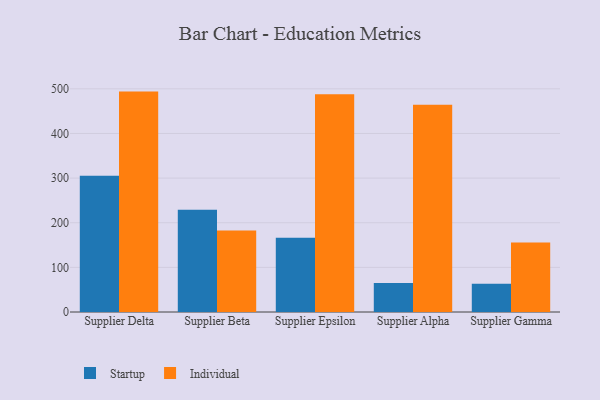
{"axis": {"x": "Supplier", "y": "Revenue (USD Million)"}, "legend": ["Individual", "Startup"], "data": [{"x": "Supplier Delta", "y": 305.3, "type": "Startup"}, {"x": "Supplier Delta", "y": 493.8, "type": "Individual"}, {"x": "Supplier Beta", "y": 229.0, "type": "Startup"}, {"x": "Supplier Beta", "y": 182.8, "type": "Individual"}, {"x": "Supplier Epsilon", "y": 166.3, "type": "Startup"}, {"x": "Supplier Epsilon", "y": 488.1, "type": "Individual"}, {"x": "Supplier Alpha", "y": 64.7, "type": "Startup"}, {"x": "Supplier Alpha", "y": 464.4, "type": "Individual"}, {"x": "Supplier Gamma", "y": 63.1, "type": "Startup"}, {"x": "Supplier Gamma", "y": 155.6, "type": "Individual"}]}